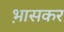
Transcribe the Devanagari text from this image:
भ़ासकर